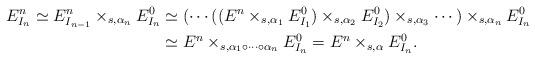
LaTeX: \begin{align*}E_{I_n}^{n} \simeq E_{I_{n-1}}^n \times_{s,\alpha_n} E^0_{I_{n}} &\simeq (\cdots((E^n \times_{s,\alpha_1} E^0_{I_1}) \times_{s,\alpha_2} E^0_{I_2})\times_{s,\alpha_3} \cdots ) \times_{s,\alpha_n} E_{I_n}^0\\&\simeq E^n \times_{s, \alpha_1 \circ \cdots \circ \alpha_n} E_{I_n}^0= E^n \times_{s, \alpha} E_{I_n}^0.\end{align*}